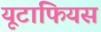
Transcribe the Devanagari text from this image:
यूटाफियस